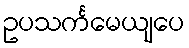
ဥပသင်္ကမေယျပေ